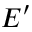
E ^ { \prime }